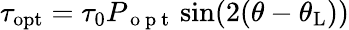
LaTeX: \tau_{\mathrm{{opt}}}=\tau_{0}P_{\mathrm{~o~p~t~}}\sin(2(\theta-\theta_{\mathrm{{L}}}))